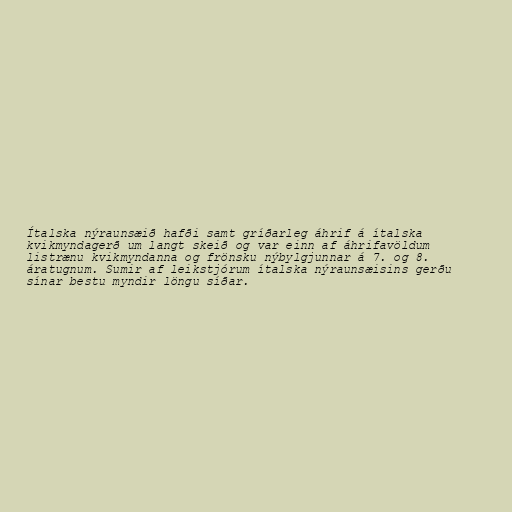
Ítalska nýraunsæið hafði samt gríðarleg áhrif á ítalska
kvikmyndagerð um langt skeið og var einn af áhrifavöldum
listrænu kvikmyndanna og frönsku nýbylgjunnar á 7. og 8.
áratugnum. Sumir af leikstjórum ítalska nýraunsæisins gerðu
sínar bestu myndir löngu síðar.